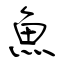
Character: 魚